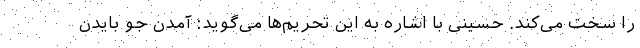
را سخت می‌کند. حسینی با اشاره به این تحریم‌ها می‌گوید: آمدن جو بایدن